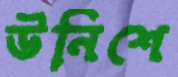
উনিশে